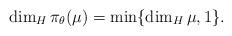
LaTeX: \begin{align*}\dim_H \pi_{\theta}(\mu)=\min\{\dim_H \mu,1\}.\end{align*}